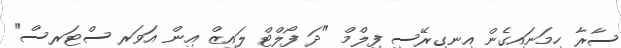
ސާރާ ހިމަނައިގެން އިނގިރޭސި ފިލްމް "ދަ ފޯލްޓް ލައިޒް އިން އަވަރ ސްޓަރސް"